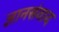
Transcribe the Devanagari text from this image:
ज्ञानसंवाद